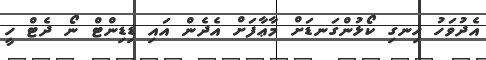
އެދުވަހު ހިނގި ކޯޅުންގަނޑަށް މާޢާފަށް އެދެން އައި ޑިޑިންޓް ނޯ ދެޓް ހީ